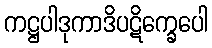
ကဋ္ဌပါဒုကာဒိပဋိက္ခေပေါ